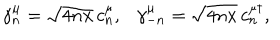
\gamma _ { n } ^ { \mu } = \sqrt { 4 n x } \, c _ { n } ^ { \mu } , \gamma _ { - n } ^ { \mu } = \sqrt { 4 n x } \, c _ { n } ^ { \mu \dagger } ,